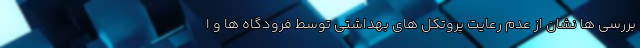
بررسی ها نشان از عدم رعایت پروتکل های بهداشتی توسط فرودگاه ها و ا